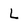
Character: L